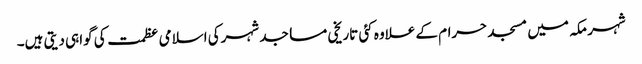
شہر مکہ میں مسجد حرام کے علاوہ کئی تاریخی مساجد شہرکی اسلامی عظمت کی گواہی دیتی ہیں۔